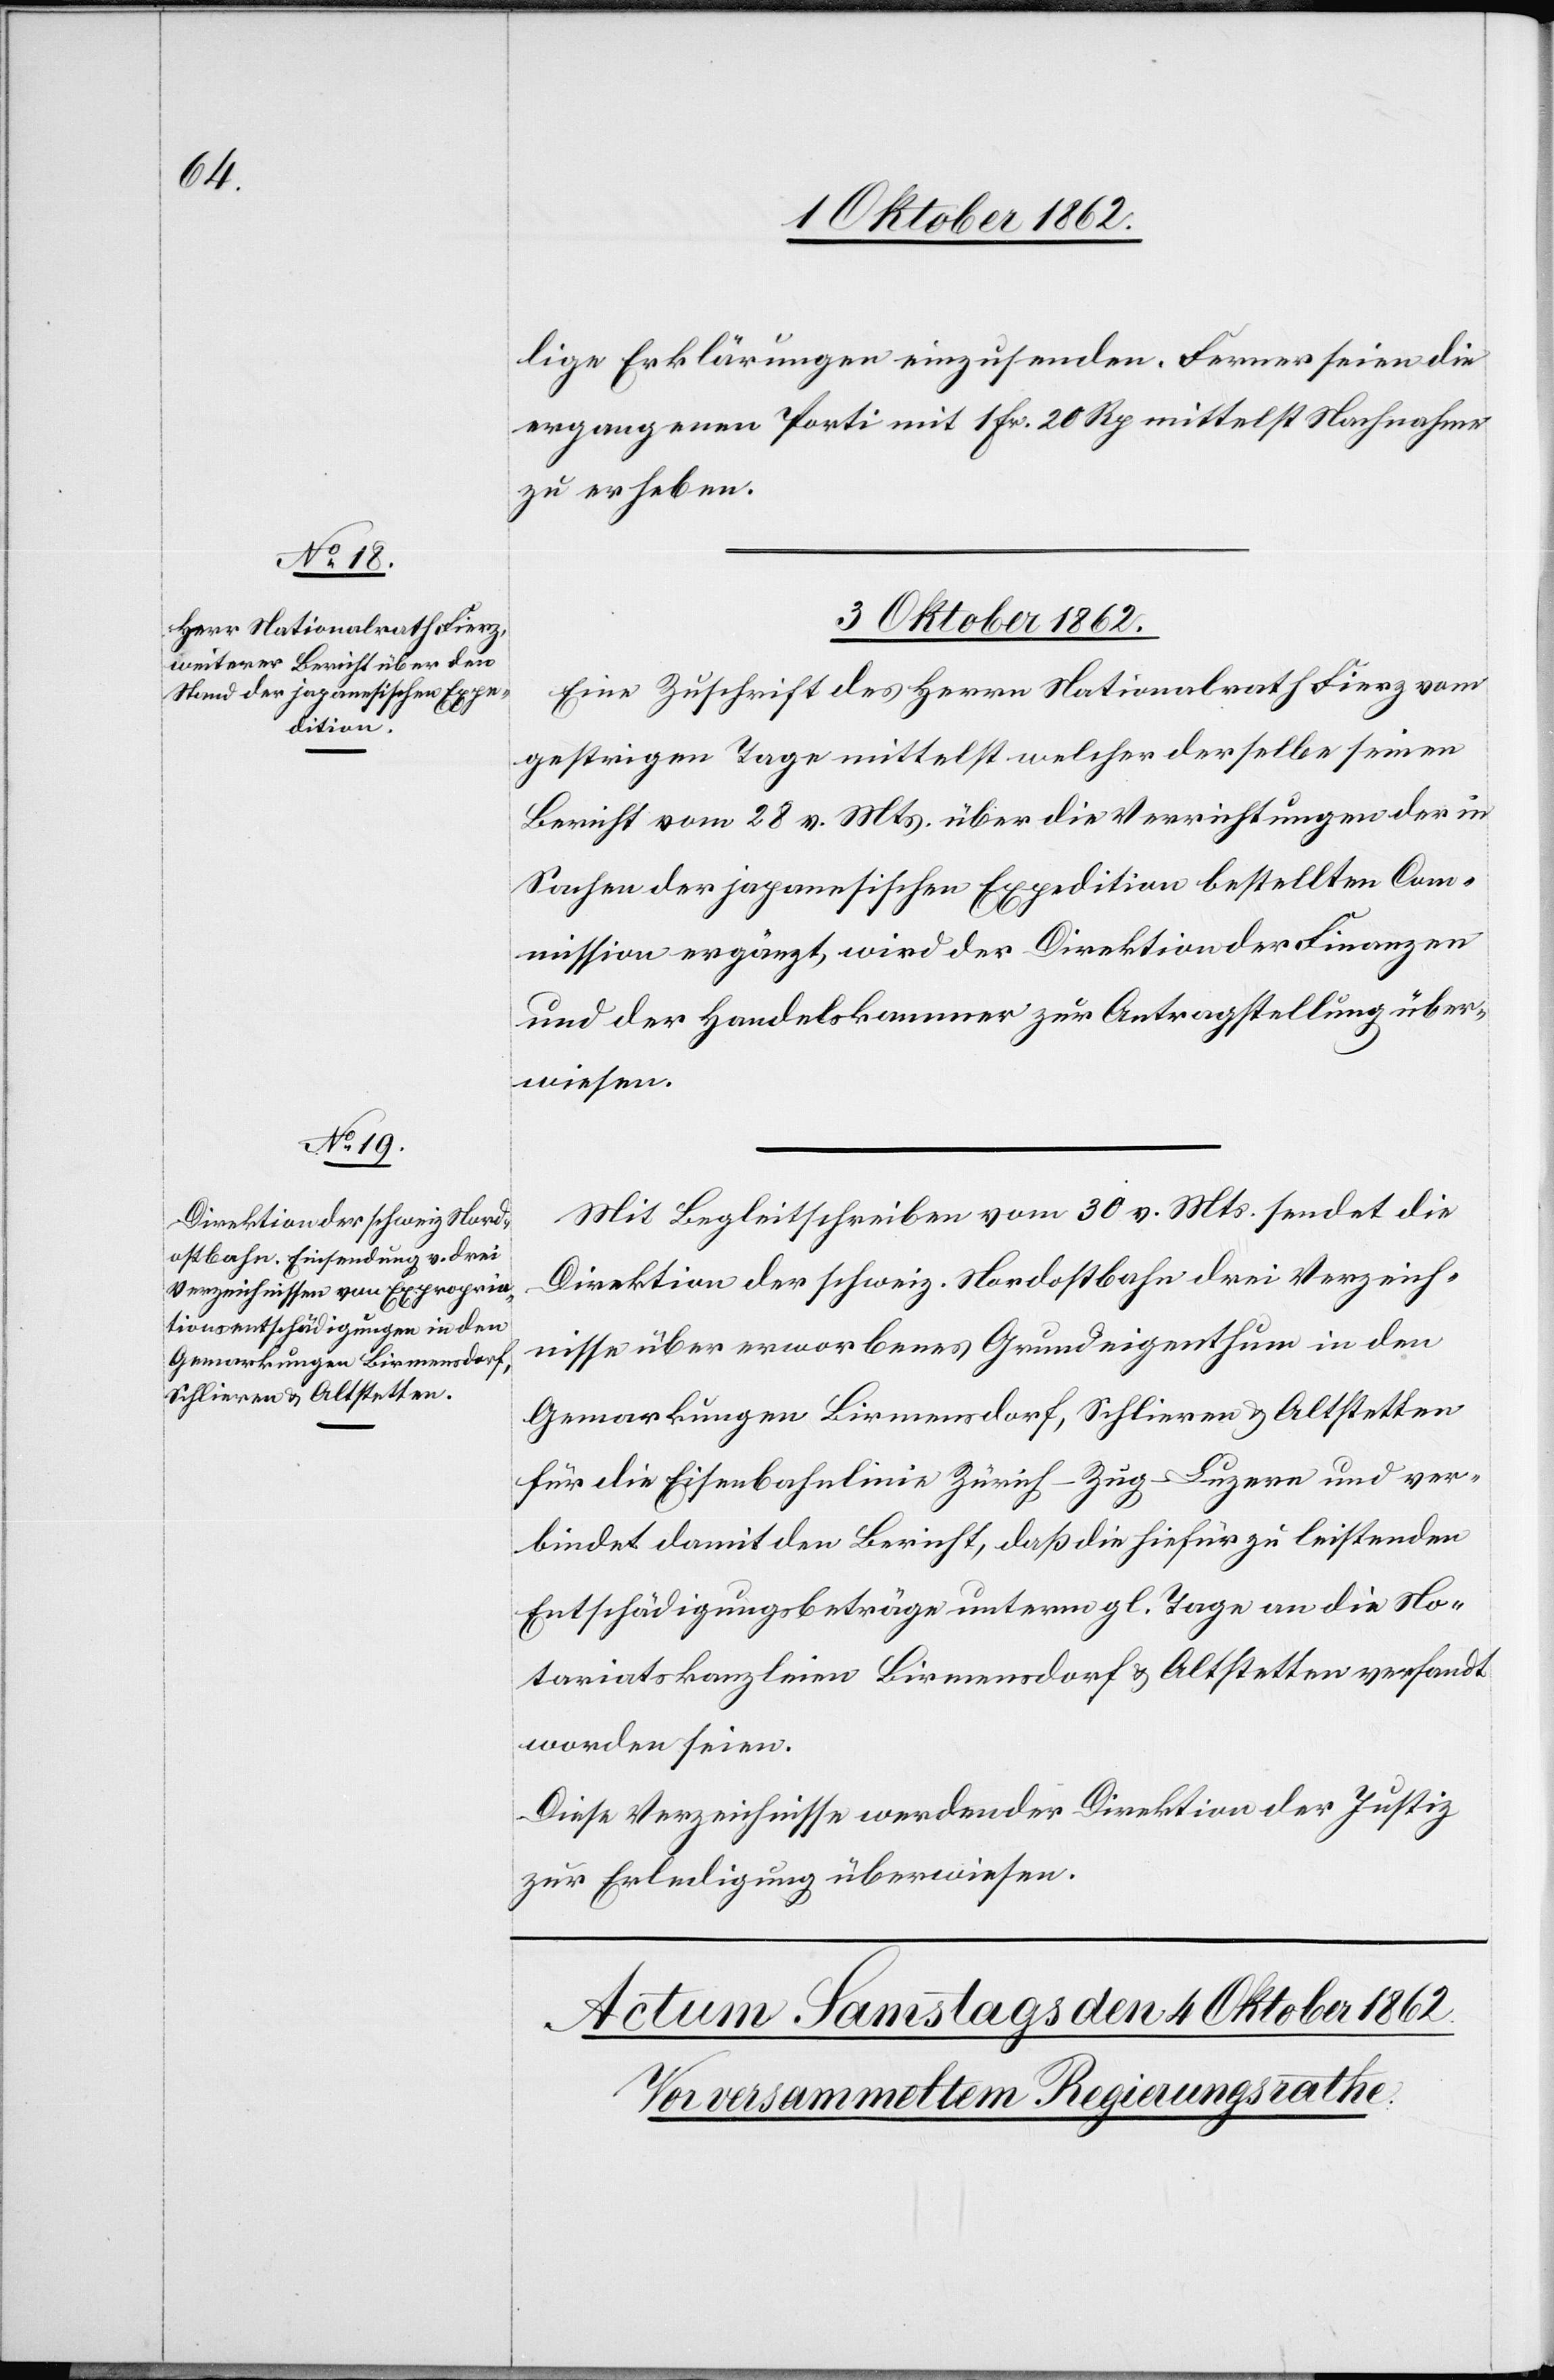
lige Erklärungen einzusenden. Ferner seien die
ergangenen Porti mit 1 Fr. 20 Rp. mittelst Nachnahme
zu erheben.
3. Oktober 1862.]
Eine Zuschrift des Herrn Nationalrath Fierz vom
gestrigen Tage mittelst welcher derselbe seinen
Bericht vom 28. v. Mts. über die Verrichtungen der in
Sachen der japanischen Expedition bestellten Com¬
mission ergänzt , wird der Direktion der Finanzen
und der Handelskammer zur Antragstellung über¬
wiesen.
Mit Begleitschreiben vom 30. v. Mts. sendet die
Direktion der schweiz. Nordostbahn drei Verzeich¬
nisse über erworbenes Grundeigenthum in den
Gemarkungen Birmensdorf, Schlieren u. Altstetten
für die Eisenbahnlinie Zürich–Zug–Luzern und ver¬
bindet damit den Bericht, daß die hiefür zu leistenden
Entschädigungsbeträge unterm gl. Tage an die No¬
tariatskanzleien Birmensdorf u. Altstetten versandt
worden seien.
Diese Verzeichnisse werden der Direktion der Justiz
zur Erledigung überwiesen.